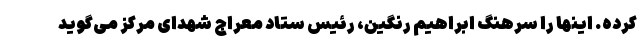
کرده. اینها را سرهنگ ابراهیم رنگین، رئیس ستاد معراج شهدای مرکز می‌گوید